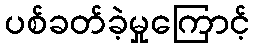
ပစ်ခတ်ခဲ့မှုကြောင့်